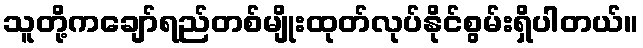
သူတို့ကချော်ရည်တစ်မျိုးထုတ်လုပ်နိုင်စွမ်းရှိပါတယ်။